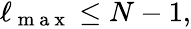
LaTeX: \begin{array}{r}{\ell_{\mathrm{~m~a~x~}}\leq N-1,}\end{array}